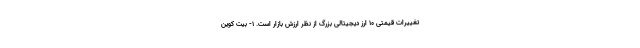
تغییرات قیمتی ۱۰ ارز دیجیتالی بزرگ از نظر ارزش بازار است. ۱- بیت کوین